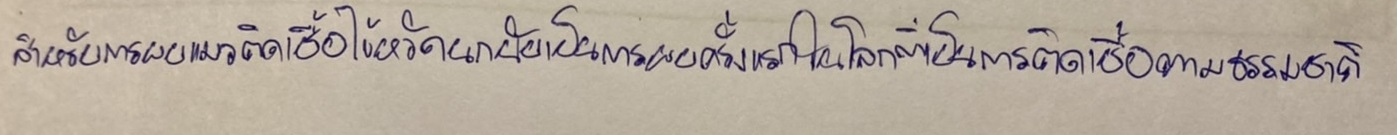
สำหรับการพบแมวติดเชื้อไข้หวัดนกนับเป็นการพบครั้งแรกในโลกที่เป็นการติดเชื้อตามธรรมชาติ